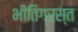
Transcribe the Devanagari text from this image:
भीतिग्रस्त